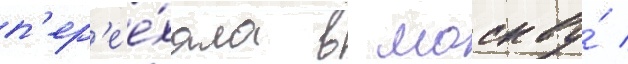
п'ер'ее́хала в москву́ /